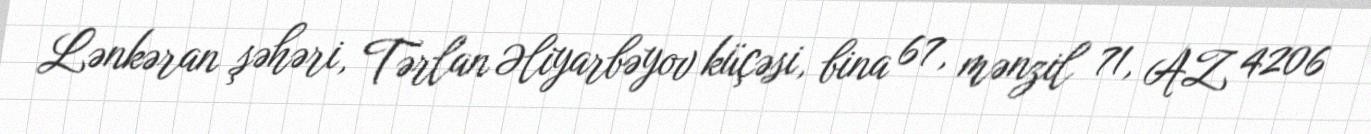
Lənkəran şəhəri, Tərlan Əliyarbəyov küçəsi, bina 67, mənzil 71, AZ 4206